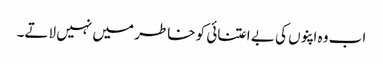
اب وہ اپنوں کی بے اعتنائی کو خاطر میں نہیں لاتے۔